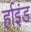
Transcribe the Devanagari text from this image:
र्हाइंड